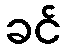
ခင်